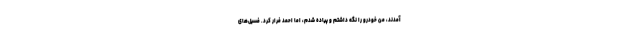
آمدند، من خودرو را نگه داشتم و پیاده شدم، اما احمد فرار کرد. فسیل‌های